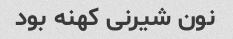
نون شیرنی کهنه بود